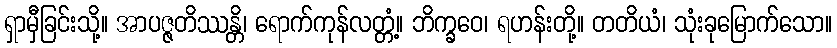
ရှာမှီခြင်းသို့။ အာပဇ္ဇတိဿန္တိ၊ ရောက်ကုန်လတ္တံ့။ ဘိက္ခဝေ၊ ရဟန်းတို့။ တတိယံ၊ သုံးခုမြောက်သော။